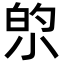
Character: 𫴿